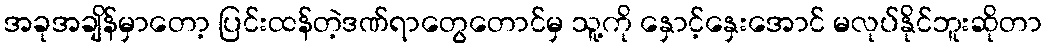
အခုအချိန်မှာတော့ ပြင်းထန်တဲ့ဒဏ်ရာတွေတောင်မှ သူ့ကို နှောင့်နှေးအောင် မလုပ်နိုင်ဘူးဆိုတာ